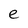
Character: e